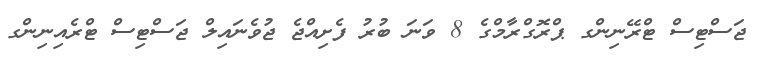
ޖަސްޓިސް ޓްރޭނިންގ ޕްރޮގްރާމްގެ 8 ވަނަ ބުރު ފެށިއްޖެ ޖުވެނައިލް ޖަސްޓިސް ޓްރެއިނިންގ